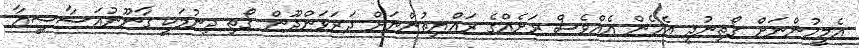
އެމީހުންނަށް ގޯތިނުދީ އެހެން އެއްވެސް ރަށެއްގެ ރައްޔިތުންނަށް ދަރަވަންދޫން ގޯތި ދިނުމަކީ ގާނޫނުއަސާސީއާ